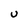
Character: U